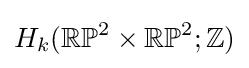
H_{k}(\mathbb {RP} ^{2}\times \mathbb {RP} ^{2};\mathbb {Z} )